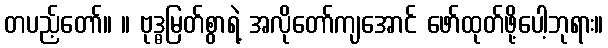
တပည့်တော်။ ။ ဗုဒ္ဓမြတ်စွာရဲ့ အလိုတော်ကျအောင် ဖော်ထုတ်ဖို့ပေါ့ဘုရား။